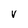
Character: V